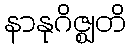
နာနုဂိဇ္ဈတိ